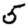
Digit: 5